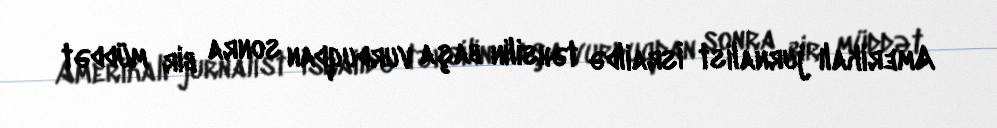
Amerikalı jurnalist İsraildə təhsilin başa vurduqdan sonra bir müddət